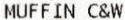
MUFFIN C&W